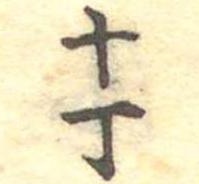
十丁